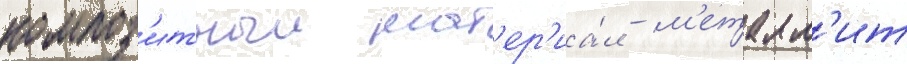
композ'итныи мат'ер'иа́л - м'еталл'ит